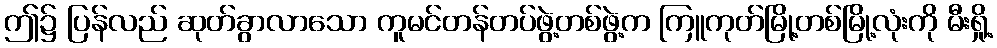
ဤ၌ ပြန်လည် ဆုတ်ခွာလာသော ကူမင်တန်တပ်ဖွဲ့တစ်ဖွဲ့က ကြူကုတ်မြို့တစ်မြို့လုံးကို မီးရှို့